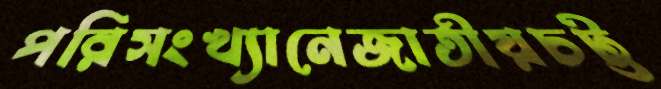
পরিসংখ্যানেজাতীয়চট্ট